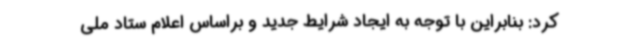
کرد: بنابراین با توجه به ایجاد شرایط جدید و براساس اعلام ستاد ملی